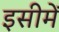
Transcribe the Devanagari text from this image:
इसीमें